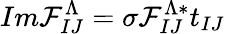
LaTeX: Im{\cal F}_{IJ}^{\Lambda}=\sigma{\cal F}_{IJ}^{\Lambda*}t_{IJ}